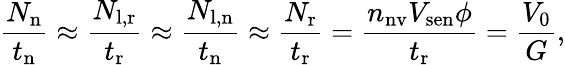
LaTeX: \frac{N_{\mathrm{n}}}{t_{\mathrm{n}}}\approx\frac{N_{\mathrm{l,r}}}{t_{\mathrm{r}}}\approx\frac{N_{\mathrm{l,n}}}{t_{\mathrm{n}}}\approx\frac{N_{\mathrm{r}}}{t_{\mathrm{r}}}=\frac{n_{\mathrm{nv}}V_{\mathrm{sen}}\phi}{t_{\mathrm{r}}}=\frac{V_{0}}{G},